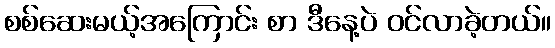
စစ်ဆေးမယ့်အကြောင်း စာ ဒီနေ့ပဲ ဝင်လာခဲ့တယ်။